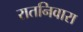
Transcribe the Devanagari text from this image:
रातनिवारा